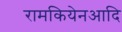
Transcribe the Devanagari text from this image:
रामकियेनआदि